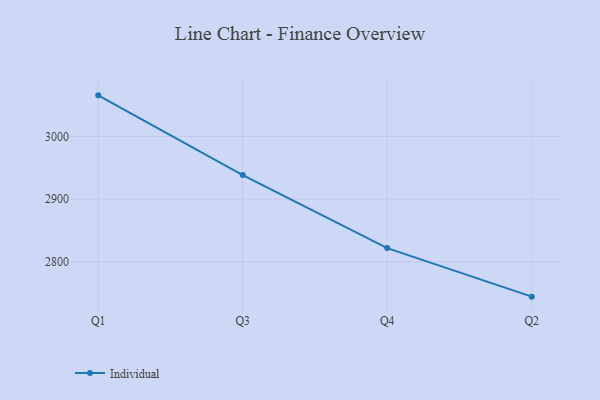
{"axis": {"x": "Quarter", "y": "Energy Usage (MWh)"}, "legend": ["Individual"], "data": [{"x": "Q1", "y": 3065.4, "type": "Individual"}, {"x": "Q3", "y": 2938.5, "type": "Individual"}, {"x": "Q4", "y": 2822.1, "type": "Individual"}, {"x": "Q2", "y": 2744.8, "type": "Individual"}]}